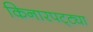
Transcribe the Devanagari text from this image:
किनारपट्ट्या